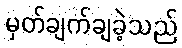
မှတ်ချက်ချခဲ့သည်